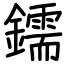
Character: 鑐